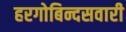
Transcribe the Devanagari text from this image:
हरगोबिन्दसवारी